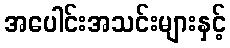
အပေါင်းအသင်းများနှင့်